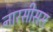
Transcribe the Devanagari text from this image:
नारसीसस